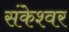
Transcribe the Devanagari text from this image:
संकेश्‍वर